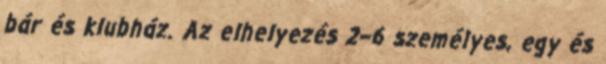
bár és klubház. Az elhelyezés 2–6 személyes, egy és